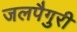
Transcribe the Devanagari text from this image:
जलपैगुरी